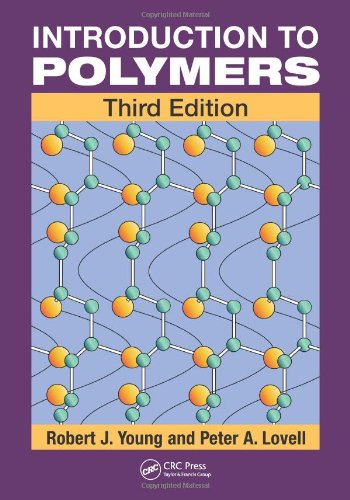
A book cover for Introduction to Polymers, Third Edition; Robert J. Young; Engineering & Transportation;